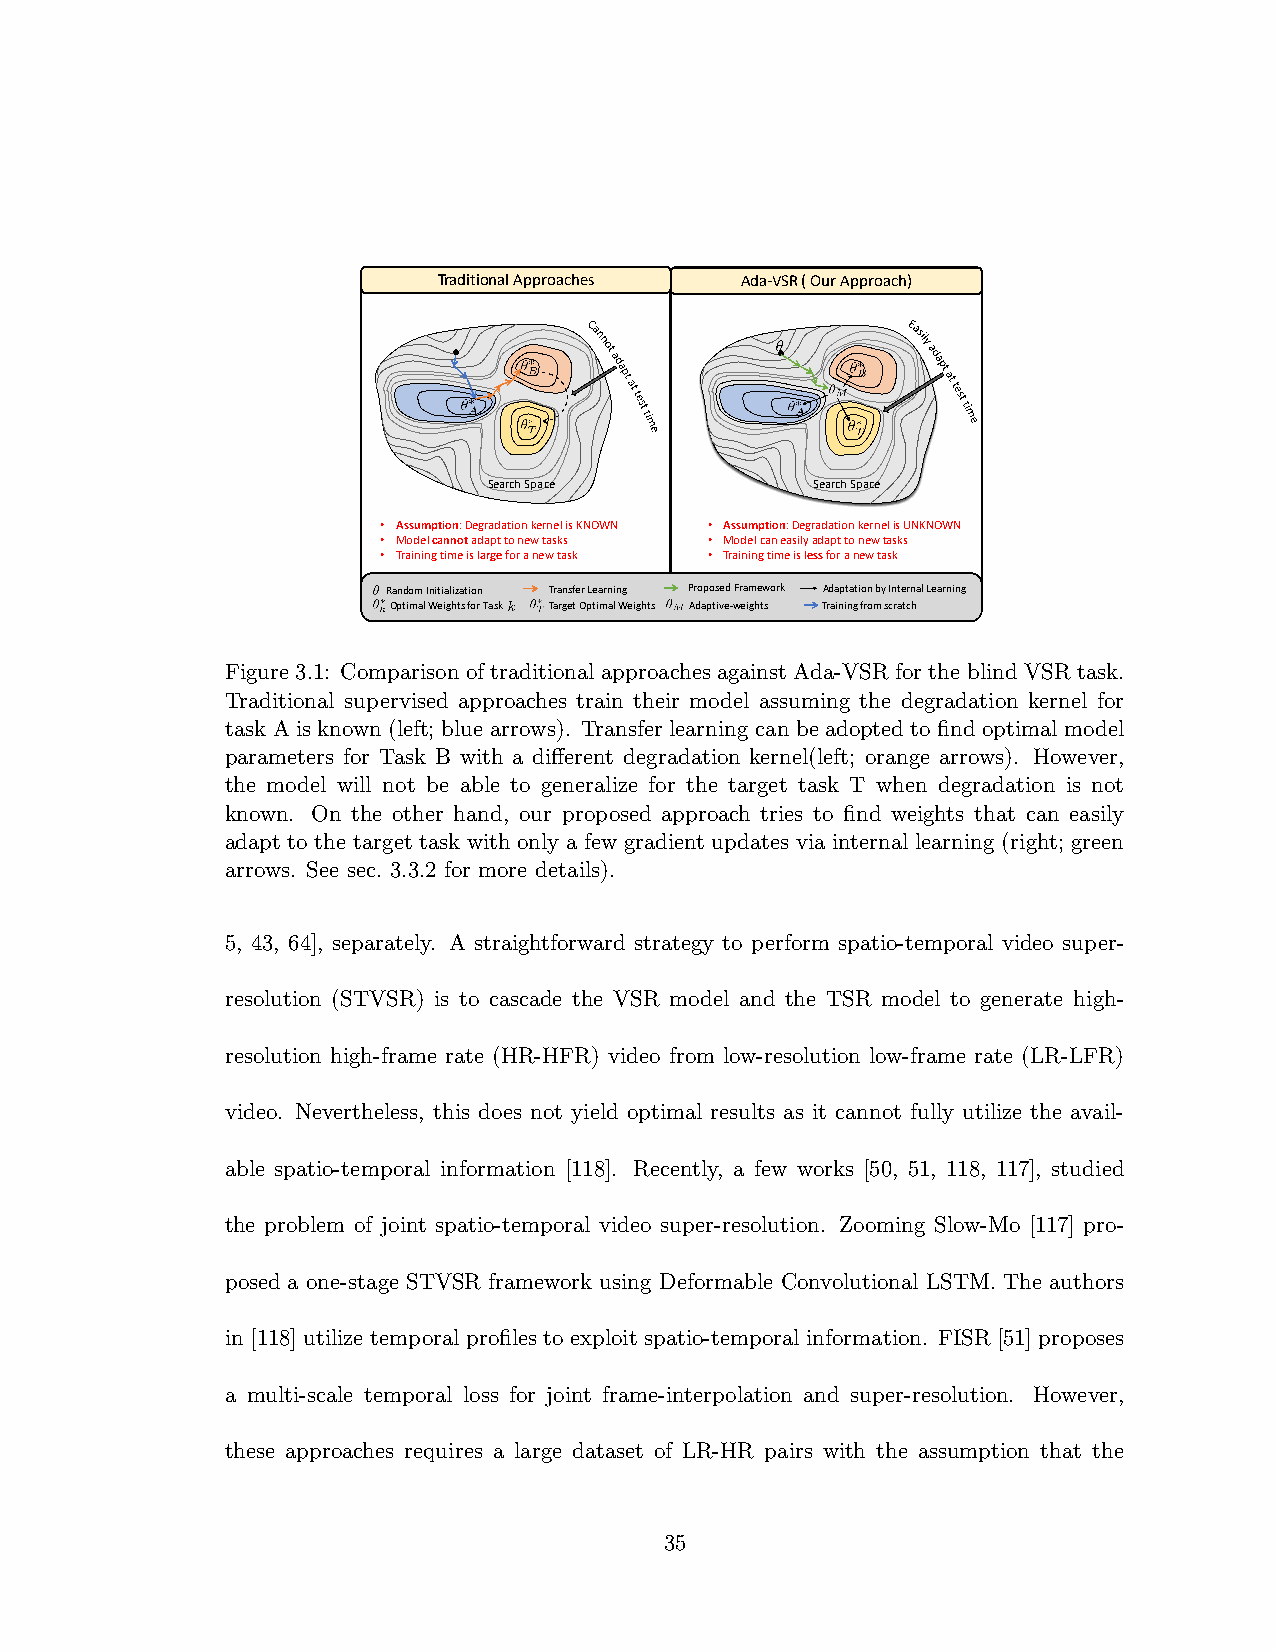
TraditionalT Arapdpirtoioancahle Aspproaches Ada-VSR ( Our Approach)
 Search Space          Search Space
 • Assumption:DegradationkernelisKNOWN • Assumption:DegradationkernelisUNKNOWN
 • Modelcannotadapttonewtasks • Modelcaneasilyadapttonewtasks
 • Trainingtimeislargeforanewtask • Trainingtimeislessforanewtask
 Random Initialization Transfer Learning Proposed Framework Adaptation by Internal Learning
 Optimal Weights for Task Target Optimal Weights Adaptive-weights Training from scratch
 Figure 3.1: Comparison of traditional approaches against Ada-VSR for the blind VSR task.
 Traditional supervised approaches train their model assuming the degradation kernel for
 task A is known (left; blue arrows). Transfer learning can be adopted to find optimal model
 parameters for Task B with a different degradation kernel(left; orange arrows). However,
 the model will not be able to generalize for the target task T when degradation is not
 known. On the other hand, our proposed approach tries to find weights that can easily
 adapt to the target task with only a few gradient updates via internal learning (right; green
 arrows. See sec. 3.3.2 for more details).
 5, 43, 64], separately. A straightforward strategy to perform spatio-temporal video super-
 resolution (STVSR) is to cascade the VSR model and the TSR model to generate high-
 resolution high-frame rate (HR-HFR) video from low-resolution low-frame rate (LR-LFR)
 video. Nevertheless, this does not yield optimal results as it cannot fully utilize the avail-
 able spatio-temporal information [118]. Recently, a few works [50, 51, 118, 117], studied
 the problem of joint spatio-temporal video super-resolution. Zooming Slow-Mo [117] pro-
 posed a one-stage STVSR framework using Deformable Convolutional LSTM. The authors
 in [118] utilize temporal profiles to exploit spatio-temporal information. FISR [51] proposes
 a multi-scale temporal loss for joint frame-interpolation and super-resolution. However,
 these approaches requires a large dataset of LR-HR pairs with the assumption that the
 35